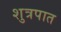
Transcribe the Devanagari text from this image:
शुत्रपात